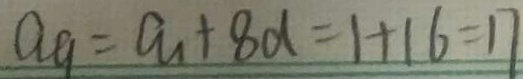
a _ { 9 } = a _ { 1 } + 8 d = 1 + 1 6 = 1 7